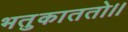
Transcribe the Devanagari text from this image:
भतुकाततो।।